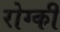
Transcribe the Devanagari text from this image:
रोग्की